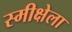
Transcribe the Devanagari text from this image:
स्मीक्षेला